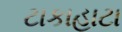
ટાકાહાટા